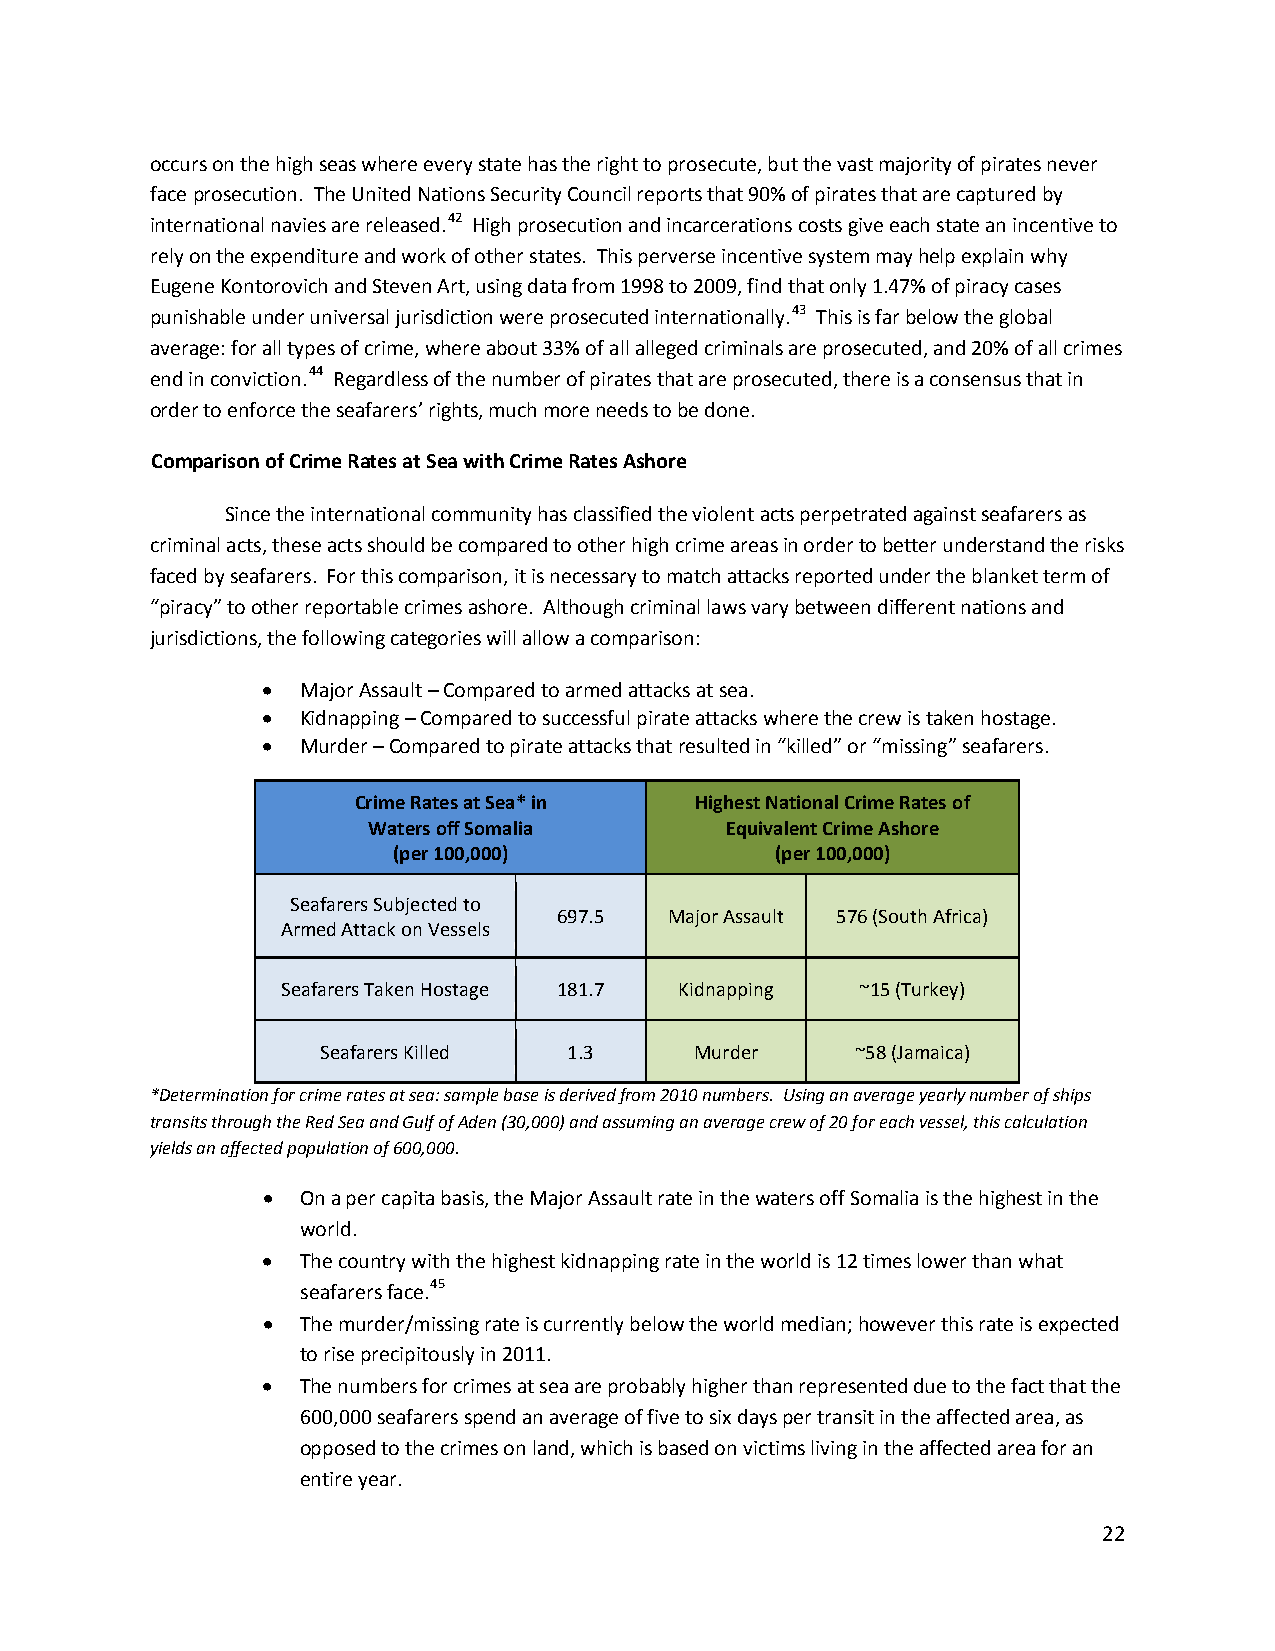
occurs on the high seas where every state has the right to prosecute, but the vast majority of pirates never
 face prosecution. The United Nations Security Council reports that 90% of pirates that are captured by
 international navies are released.42 High prosecution and incarcerations costs give each state an incentive to
 rely on the expenditure and work of other states. This perverse incentive system may help explain why
 Eugene Kontorovich and Steven Art, using data from 1998 to 2009, find that only 1.47% of piracy cases
 punishable under universal jurisdiction were prosecuted internationally.43 This is far below the global
 average: for all types of crime, where about 33% of all alleged criminals are prosecuted, and 20% of all crimes
 end in conviction.44 Regardless of the number of pirates that are prosecuted, there is a consensus that in
 order to enforce the seafarers’ rights, much more needs to be done.
 Comparison of Crime Rates at Sea with Crime Rates Ashore
 Since the international community has classified the violent acts perpetrated against seafarers as
 criminal acts, these acts should be compared to other high crime areas in order to better understand the risks
 faced by seafarers. For this comparison, it is necessary to match attacks reported under the blanket term of
 “piracy” to other reportable crimes ashore. Although criminal laws vary between different nations and
 jurisdictions, the following categories will allow a comparison:
 •  Major Assault – Compared to armed attacks at sea.
 •  Kidnapping – Compared to successful pirate attacks where the crew is taken hostage.
 •  Murder – Compared to pirate attacks that resulted in “killed” or “missing” seafarers.
 Crime Rates at Sea* in Highest National Crime Rates of
 Waters off Somalia      Equivalent Crime Ashore
 (per 100,000)            (per 100,000)
 Seafarers Subjected to
 697.5  Major Assault 576 (South Africa)
 Armed Attack on Vessels
 Seafarers Taken Hostage 181.7 Kidnapping ~15 (Turkey)
 Seafarers Killed 1.3     Murder     ~58 (Jamaica)
 *Determination for crime rates at sea: sample base is derived from 2010 numbers. Using an average yearly number of ships
 transits through the Red Sea and Gulf of Aden (30,000) and assuming an average crew of 20 for each vessel, this calculation
 yields an affected population of 600,000.
 •  On a per capita basis, the Major Assault rate in the waters off Somalia is the highest in the
 world.
 •  The country with the highest kidnapping rate in the world is 12 times lower than what
 seafarers face.45
 •  The murder/missing rate is currently below the world median; however this rate is expected
 to rise precipitously in 2011.
 •  The numbers for crimes at sea are probably higher than represented due to the fact that the
 600,000 seafarers spend an average of five to six days per transit in the affected area, as
 opposed to the crimes on land, which is based on victims living in the affected area for an
 entire year.
 22